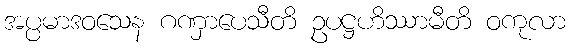
အပ္ပမာဒဝသေန ဂဏှာပေသီတိ ဥပဋ္ဌဟိဿာမီတိ ဝကုလာ